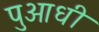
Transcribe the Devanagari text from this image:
पुआधी